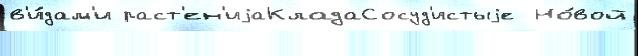
в'и́дам'и раст'ен'иjаКладаСосуд'истыjе  Но́вой